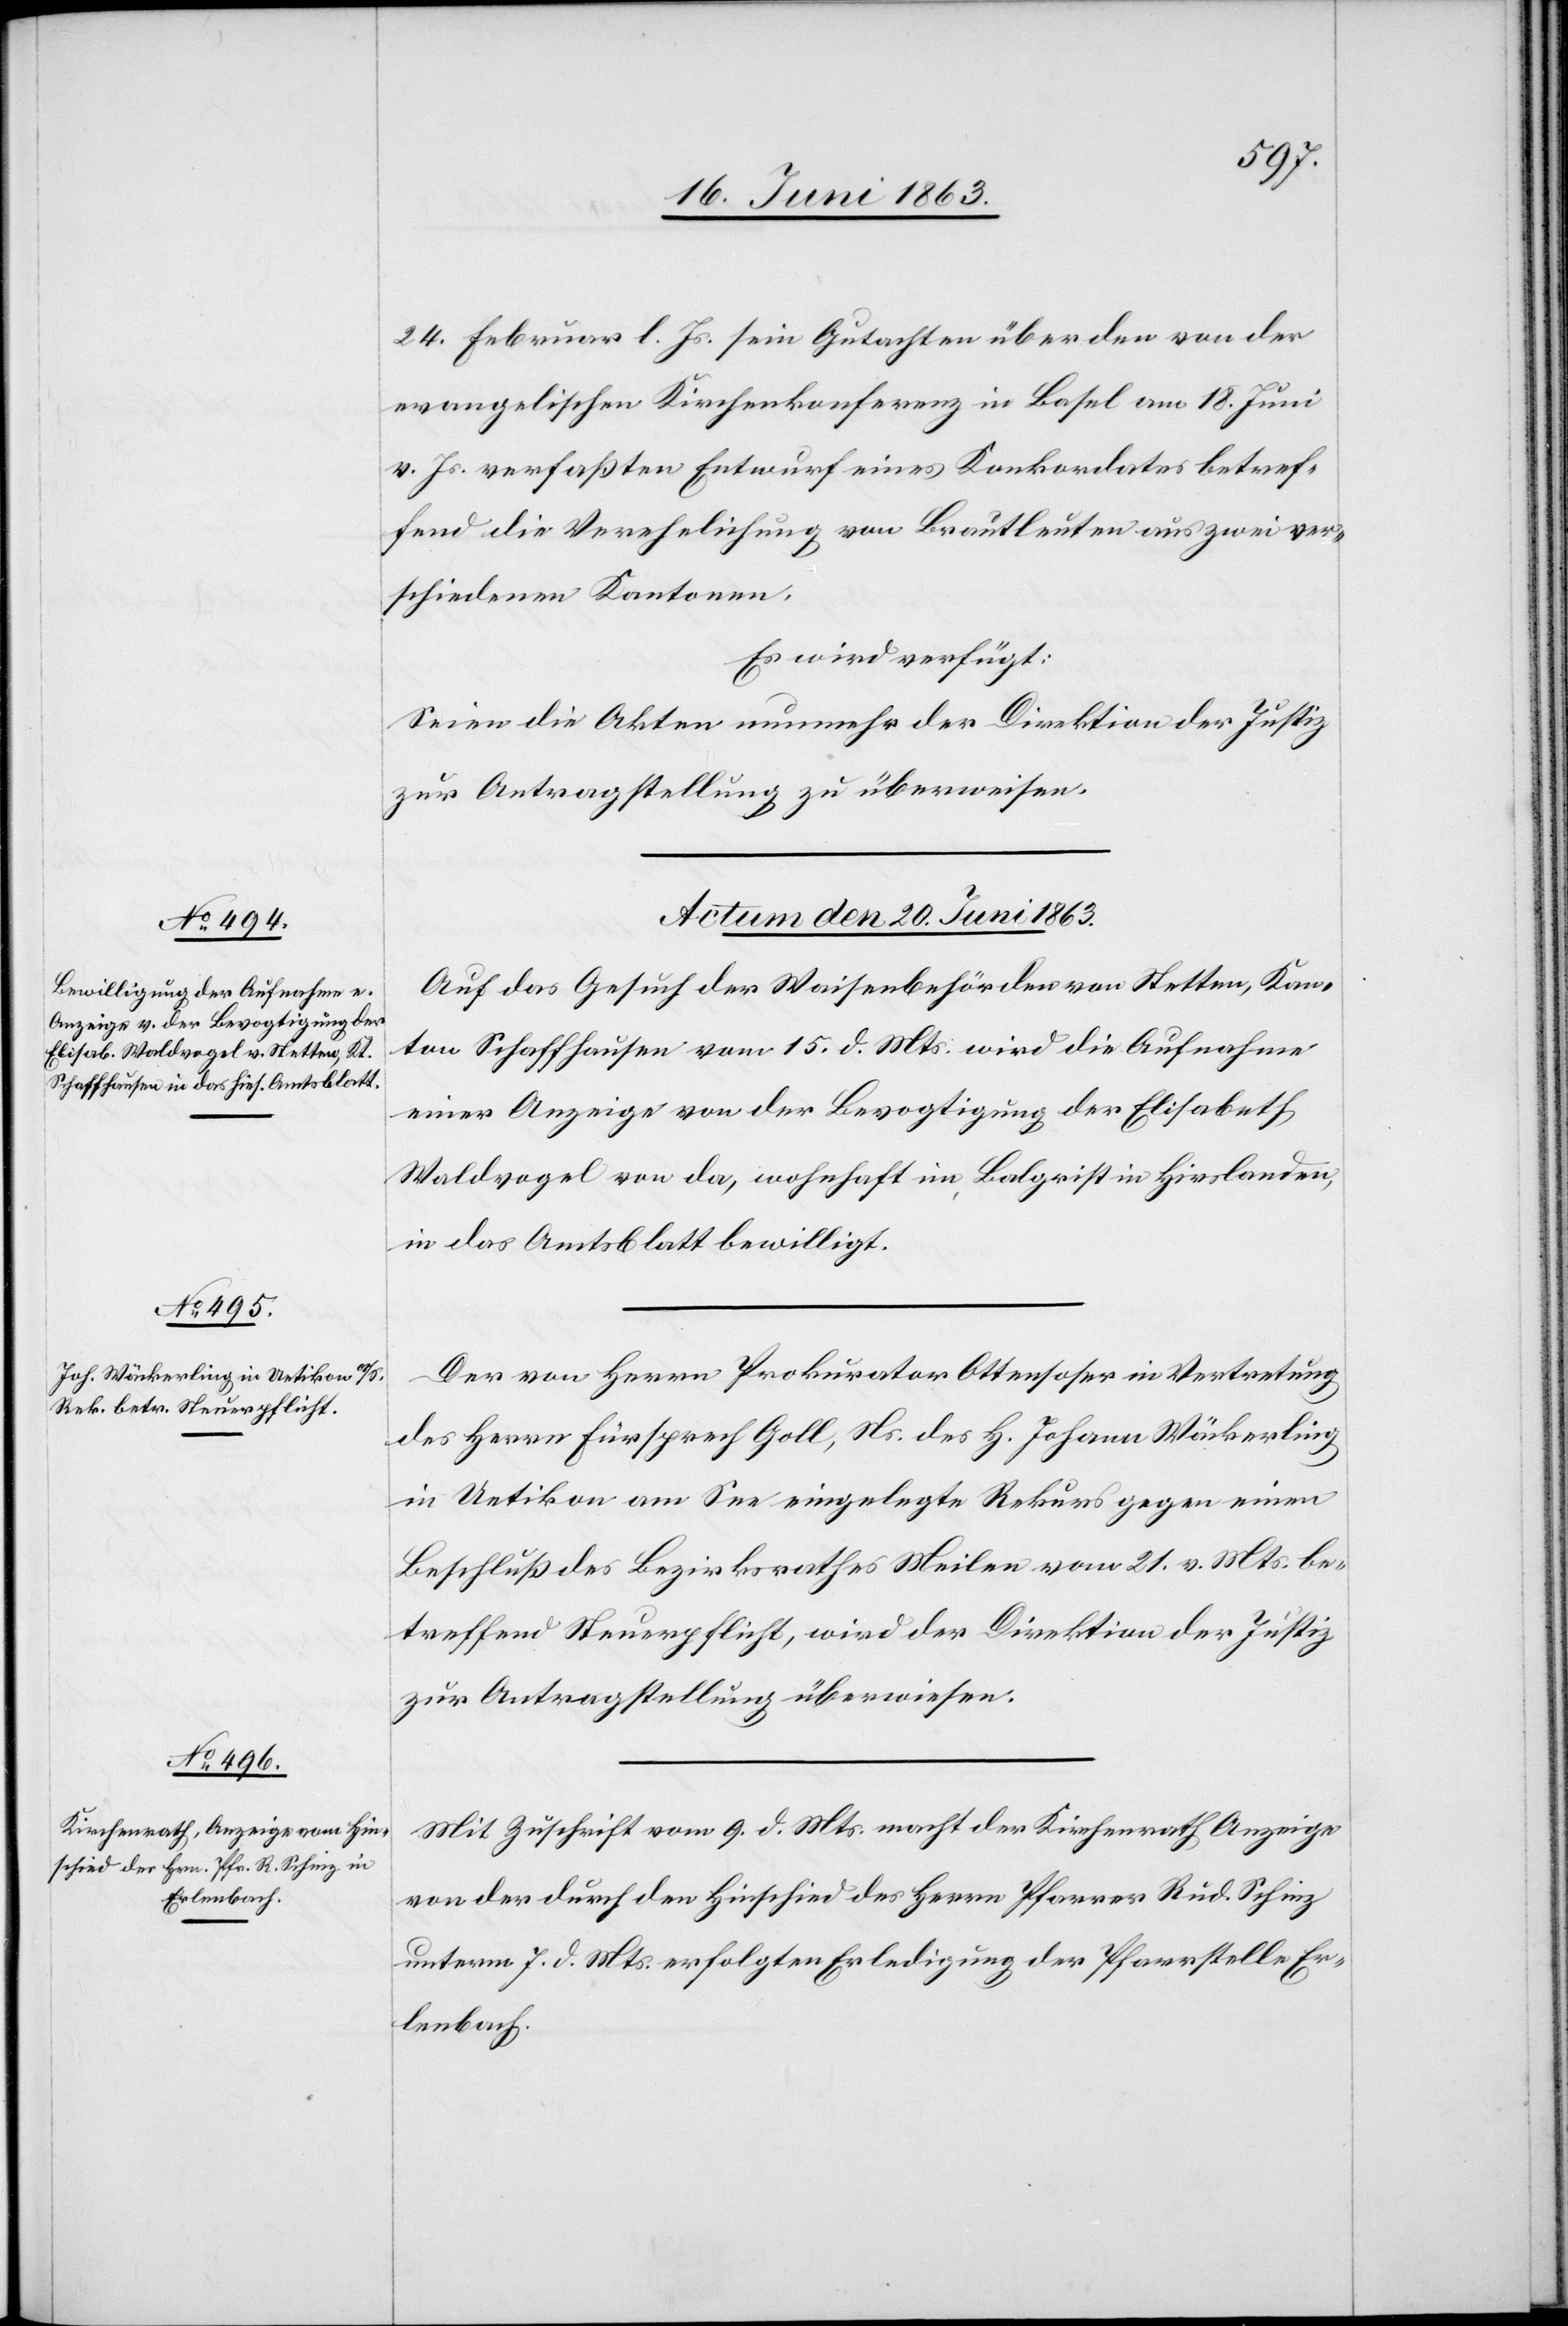
24. Februar l. Js. sein Gutachten über den von der
evangelischen Kirchenkonferenz in Basel am 18. Juni
v. Js. verfaßten Entwurf eines Konkordates betref¬
fend die Verehelichung von Brautleuten aus zwei ver¬
schiedenen Kantonen.
Es wird verfügt:
Seien die Akten nunmehr der Direktion der Justiz
zur Antragstellung zu überweisen.
Actum den 20. Juni 1863.]
Auf das Gesuch der Waisenbehörden von Stetten, Kan¬
ton Schaffhausen vom 15. d. Mts. wird die Aufnahme
einer Anzeige von der Bevogtigung der Elisabeth
Waldvogel von da, wohnhaft im Balgrist in Hirslanden,
in das Amtsblatt bewilligt.
Der von Herrn Prokurator Ottensoser in Vertretung
des Herrn Fürsprech Goll, Ns. des H. Johann Wäckerling
in Uetikon am See eingelegte Rekurs gegen einen
Beschluß des Bezirksrathes Meilen vom 21. v. Mts. be¬
treffend Steuerpflicht, wird der Direktion der Justiz
zur Antragstellung überwiesen.
Mit Zuschrift vom 9. d. Mts. macht der Kirchenrath Anzeige
von der durch den Hinschied des Herrn Pfarrer Rud. Schinz
unterm 7. d. Mts. erfolgten Erledigung der Pfarrstelle Er¬
lenbach.